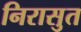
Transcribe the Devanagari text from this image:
निरासुत